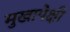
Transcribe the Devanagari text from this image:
मुखापेक्षी